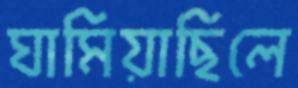
ঘামিয়াছিলে